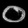
Digit: ၀